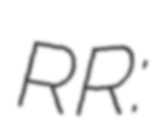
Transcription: RR: